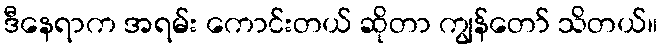
ဒီနေရာက အရမ်း ကောင်းတယ် ဆိုတာ ကျွန်တော် သိတယ်။